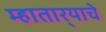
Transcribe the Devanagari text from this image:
म्हातार्‍याचे